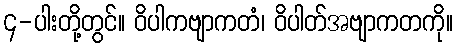
၄-ပါးတို့တွင်။ ဝိပါကဗျာကတံ၊ ဝိပါတ်အဗျာကတကို။